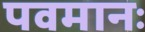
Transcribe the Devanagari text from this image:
पवमानः